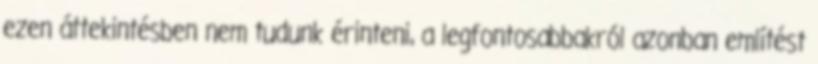
ezen áttekintésben nem tudunk érinteni, a legfontosabbakról azonban említést